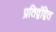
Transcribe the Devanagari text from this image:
प्रतिद्वंद्वित